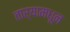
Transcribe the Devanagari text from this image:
तार्‍यामधून